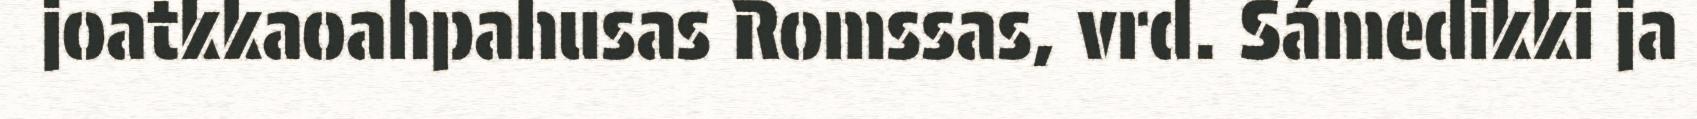
joatkkaoahpahusas Romssas, vrd. Sámedikki ja